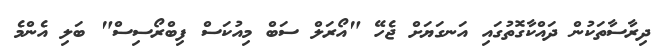
ދިރާސާތަކުން ދައްކާގޮތުގައި އަނގަޔަށް ޖެހޭ "އޯރަލް ސަބް މިއުކަސް ފިބްރޯސިސް" ބަލި އެންމެ